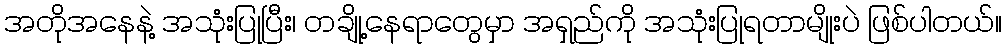
အတိုအနေနဲ့ အသုံးပြုပြီး၊ တချို့နေရာတွေမှာ အရှည်ကို အသုံးပြုရတာမျိုးပဲ ဖြစ်ပါတယ်။